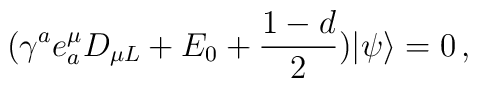
(\gamma^a e_a^\mu D_{\mu L}+E_0+\frac{1-d}{2})|\psi\rangle=0\,,